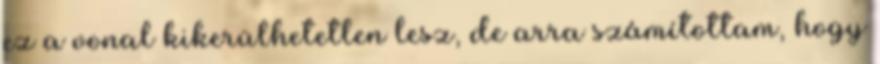
ez a vonal kikerülhetetlen lesz, de arra számítottam, hogy